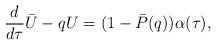
LaTeX: \begin{align*}\frac d{d\tau}\bar U- qU = (1-\bar P(q))\alpha(\tau),\end{align*}